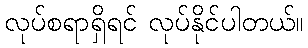
လုပ်စရာရှိရင် လုပ်နိုင်ပါတယ်။